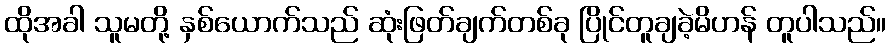
ထိုအခါ သူမတို့ နှစ်ယောက်သည် ဆုံးဖြတ်ချက်တစ်ခု ပြိုင်တူချခဲ့မိဟန် တူပါသည်။